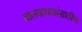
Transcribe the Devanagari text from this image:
बालवाचकांसाठीचा